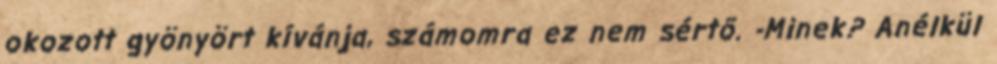
okozott gyönyört kívánja, számomra ez nem sértő. -Minek? Anélkül